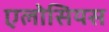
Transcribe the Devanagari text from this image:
एलोसियस